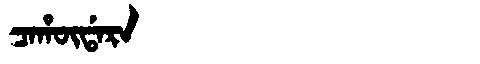
Manchu: ᠴᠠᡥᡡᡩᠠᡵᠠ
Romanization: CAHŪDARA